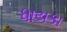
ધાયકા